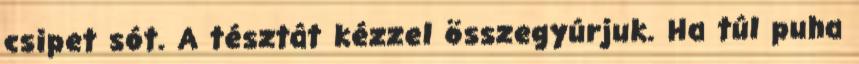
csipet sót. A tésztát kézzel összegyúrjuk. Ha túl puha